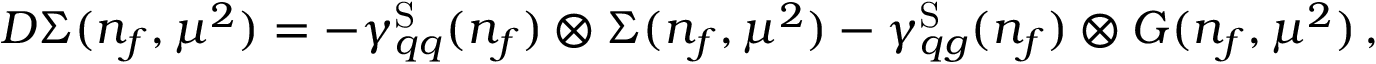
D \Sigma ( n _ { f } , \mu ^ { 2 } ) = - \gamma _ { q q } ^ { \mathrm { S } } ( n _ { f } ) \otimes \Sigma ( n _ { f } , \mu ^ { 2 } ) - \gamma _ { q g } ^ { \mathrm { S } } ( n _ { f } ) \otimes G ( n _ { f } , \mu ^ { 2 } ) \, ,